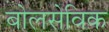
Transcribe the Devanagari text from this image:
बोलसेविक